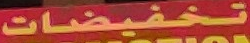
تخفيضات